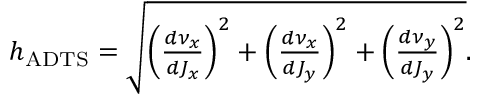
\begin{array} { r } { h _ { \mathrm { A D T S } } = \sqrt { \left( \frac { d \nu _ { x } } { d J _ { x } } \right) ^ { 2 } + \left( \frac { d \nu _ { x } } { d J _ { y } } \right) ^ { 2 } + \left( \frac { d \nu _ { y } } { d J _ { y } } \right) ^ { 2 } } . } \end{array}